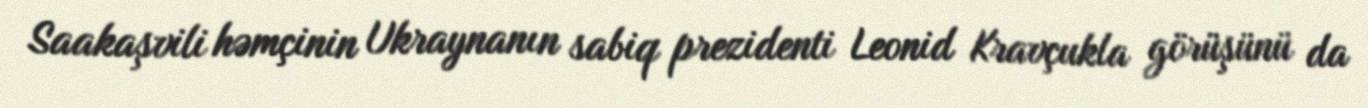
Saakaşvili həmçinin Ukraynanın sabiq prezidenti Leonid Kravçukla görüşünü da